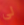
لي